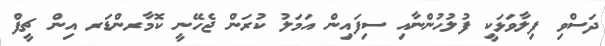
ދަސްވި ފިލާވަޅަކީ ފުލުހުންނާއި ސިފައިން އަމަލު ކުރަން ޖެހޭނީ ކޮމާރންޑަރ އިން ޗީފް